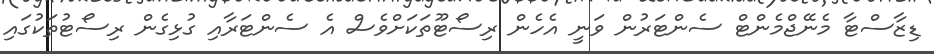
ޑިޒާސްޓާ މެނޭޖްމެންޓް ސެންޓަރުން ވަނީ އެހެން ރިސޯޓޫތަކަށްވެސް އެ ސެންޓަރާއި ގުޅިގެން ރިސޯޓުތަކުގައި